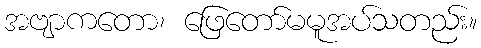
အဗျာကတော၊ ဖြေတော်မမူအပ်သတည်း။